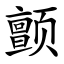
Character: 颤